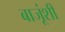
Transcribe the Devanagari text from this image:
बाजूंशी